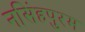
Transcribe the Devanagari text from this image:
नसिंहपुरम